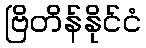
ဗြိတိန်နိုင်ငံ